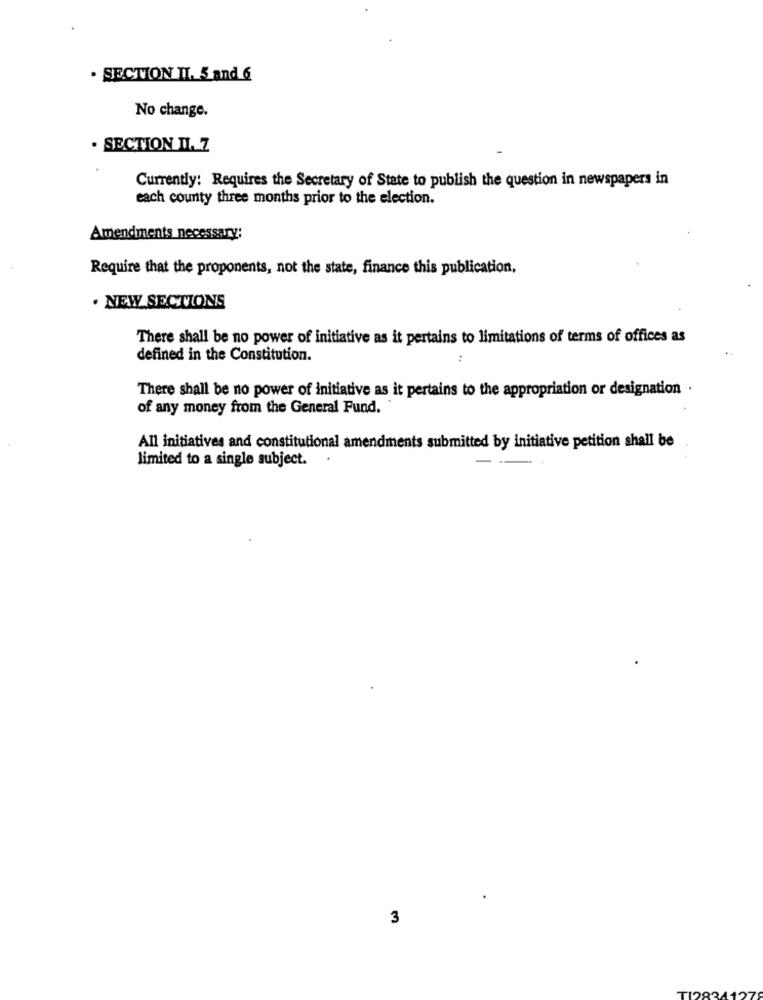
. SECTION II. 5 and 6
No change.
. SECTION II. Z
Currently: Requires the Secretary of State to publish the question in newspapers in
each county three months prior to the election.
Amendments necessary:
Require that the proponents, not the state, finance this publication,
. NEW SECTIONS
There shall be no power of initiative as it pertains to limitations of terms of offices as
defined in the Constitution.
..
There shall be no power of initiative as it pertains to the appropriation or designation .
of any money from the General Fund.'
All initiatives and constitutional amendments submitted by initiative petition shall be
limited to a single subject.
3